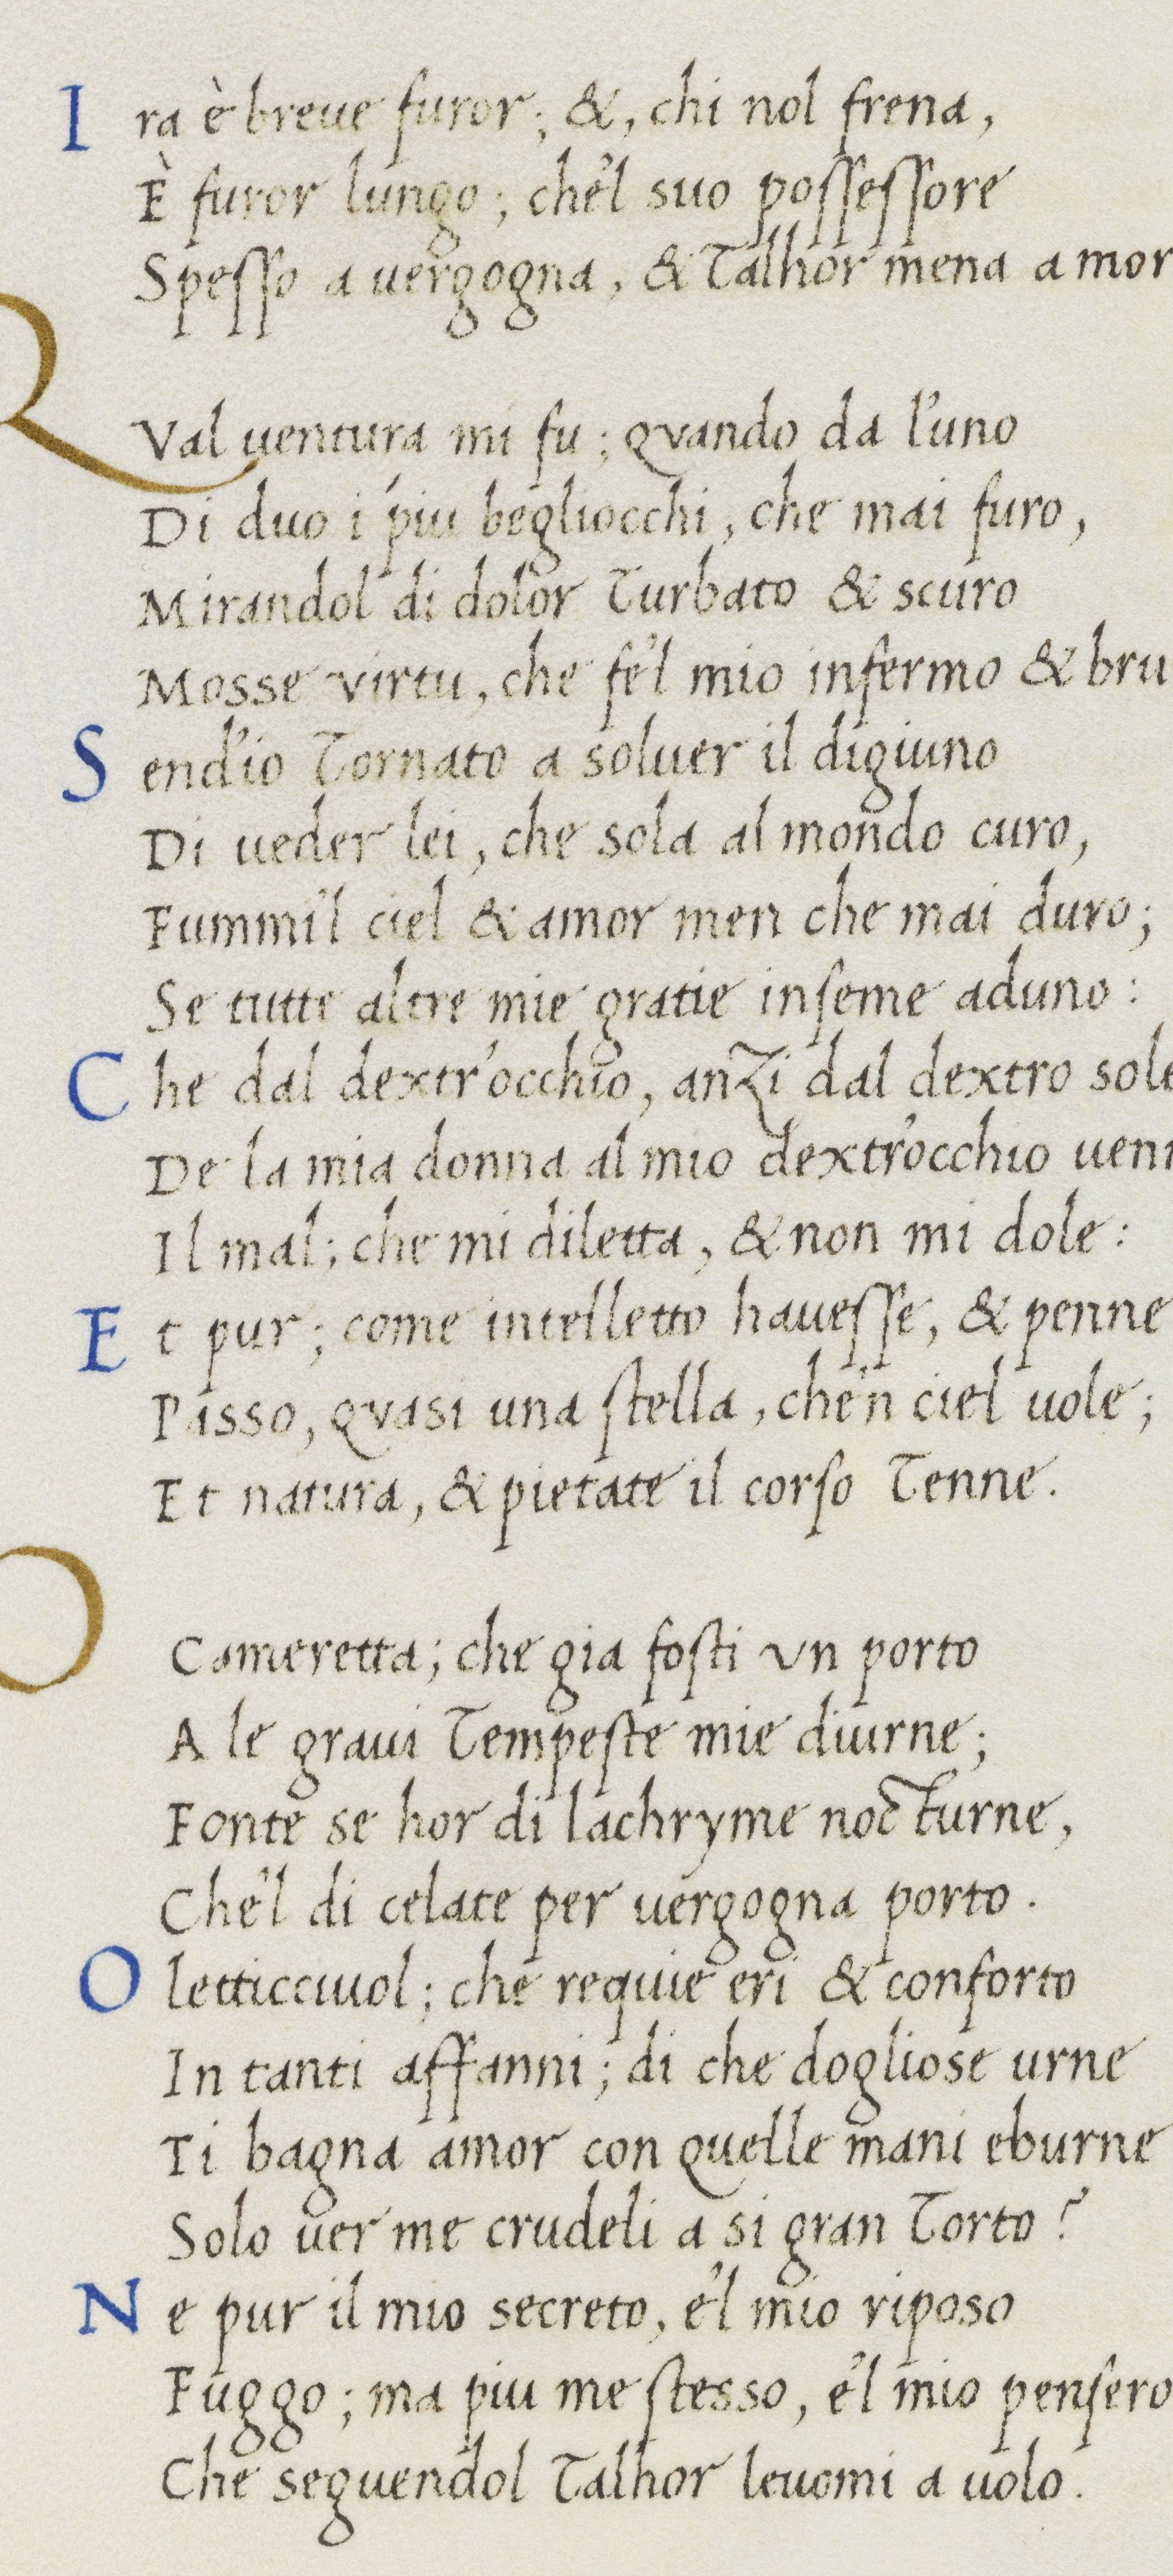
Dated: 1400–1499